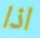
اذا